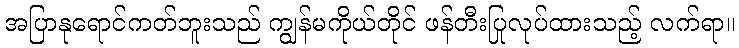
အပြာနုရောင်ကတ်ဘူးသည် ကျွန်မကိုယ်တိုင် ဖန်တီးပြုလုပ်ထားသည့် လက်ရာ။